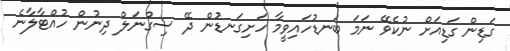
ގަޑިން ގަޑިއަށް ނުކެވޭ ނަމަ ބަނޑުހައިވީމާ ހަށިގަނޑުން ދޭ ސިގްނަލް ދިނުން ހުއްޓާލާނެ